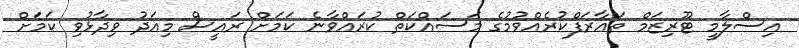
އިސްލާމީ ޓޫރިޒަމް ތަޢާރަފްކުރެއްވުމުގެ މަސައްކަތް ކުރައްވާނެ ކަމަށް ރައީސް މިއަދު ވިދާޅުވި ކަމަށް